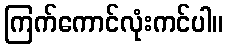
ကြက်ကောင်လုံးကင်ပါ။